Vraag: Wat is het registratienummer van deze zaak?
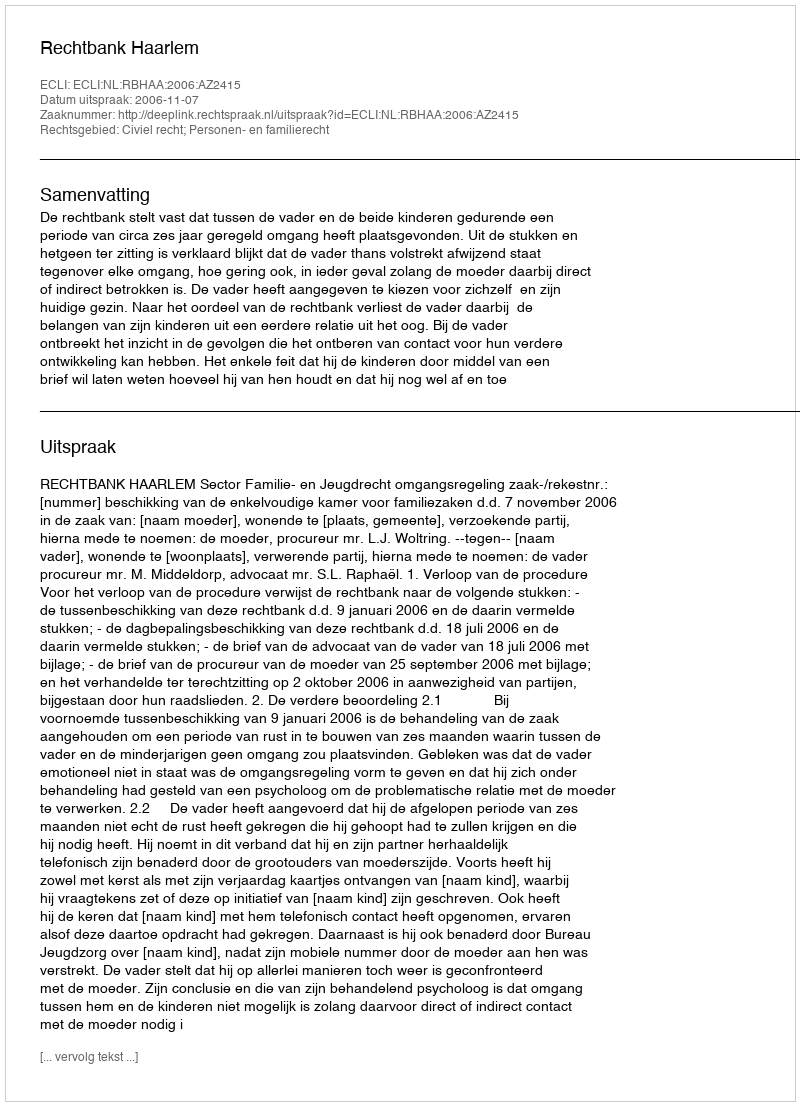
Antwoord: http://deeplink.rechtspraak.nl/uitspraak?id=ECLI:NL:RBHAA:2006:AZ2415